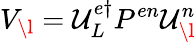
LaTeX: {V}_{\l}={{\cal U}}_{L}^{e\dagger}P^{en}{\cal U}_{\l}^{n}